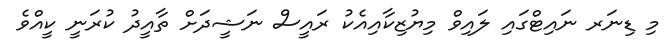
މި ޑިނަރ ނައިޓްގައި ލައިވް މިޔުޒިކާއިއެކު ރައީސް ނަޝީދަށް ތާއީދު ކުރަނީ ކީއްވެ